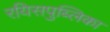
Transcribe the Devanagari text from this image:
रयिसपुब्लिका